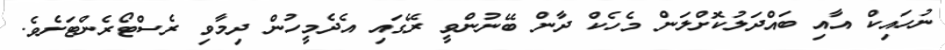
ނުހައިކް އާއި ބައްދަލުކޮށްލަން މެހެކް ދާން ބޭނުންވީ ރޭގައި އެދެމީހުން ދިމާވި ރެސްޓޯރެންޓަށެވެ.